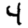
Digit: 4